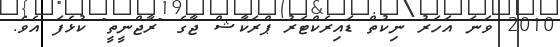
2010 ވަނަ އަހަރު ނިކުތް ޑައިރެކްޓަރު ޕްރަކާޝް ޖާގެ "ރާޖްނީތީ" ކުޅެފަ އެވެ.